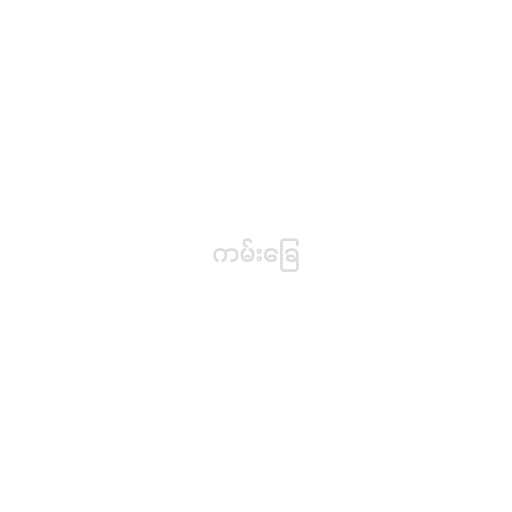
ကမ်းခြေ